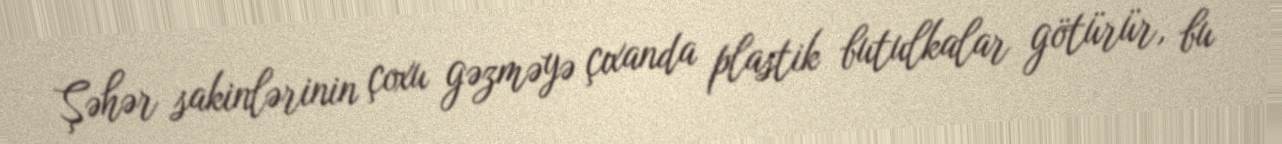
Şəhər sakinlərinin çoxu gəzməyə çıxanda plastik butulkalar götürür, bu